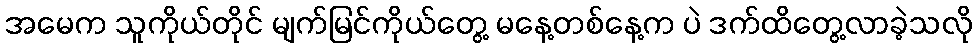
အမေက သူကိုယ်တိုင် မျက်မြင်ကိုယ်တွေ့ မနေ့တစ်နေ့က ပဲ ဒက်ထိတွေ့လာခဲ့သလို